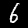
Label: 6